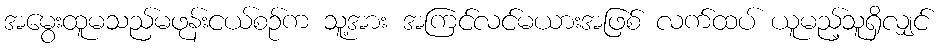
အမွေးထူမသည်မဖုန်းငယ်စဉ်က သူ့အား အကြင်လင်မယားအဖြစ် လက်ထပ် ယူမည့်သူရှိလျှင်